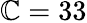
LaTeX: \mathbb{C}=33